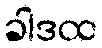
ခါဒထ